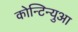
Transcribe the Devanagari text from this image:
कोन्टिन्युआ